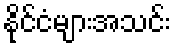
နိုင်ငံများအသင်း